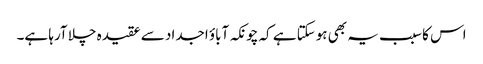
اس کا سبب یہ بھی ہوسکتا ہے کہ چونکہ آباؤ اجداد سے عقیدہ چلا آرہا ہے۔